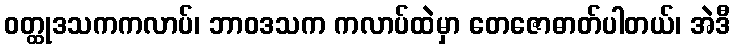
ဝတ္ထုဒသကကလာပ်၊ ဘာဝဒသက ကလာပ်ထဲမှာ တေဇောဓာတ်ပါတယ်၊ အဲဒီ